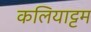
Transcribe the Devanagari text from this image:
कलियाट्टम